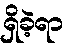
ရှိခဲ့ရာ